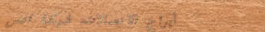
أبراج الاتصالات: شبكة اتص